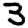
Digit: 3